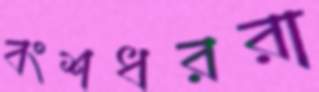
বংশধররা